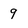
Character: 9